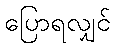
ပြောရလျှင်